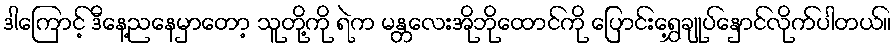
ဒါကြောင့် ဒီနေ့ညနေမှာတော့ သူတို့ကို ရဲက မန္တလေးအိုဘိုထောင်ကို ပြောင်းရွှေ့ချုပ်နှောင်လိုက်ပါတယ်။